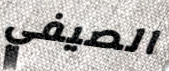
الصيفي